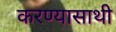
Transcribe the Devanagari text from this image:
करण्यासाथी